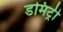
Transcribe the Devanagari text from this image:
डमिट्री